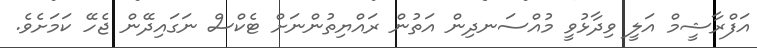
އަފްރާޝީމް އަލީ ވިދާޅުވީ މުއްސަނދިން އަތުން ރައްޔިތުންނަށް ޓެކްސް ނަގައިދޭން ޖެހޭ ކަމަށެވެ.